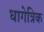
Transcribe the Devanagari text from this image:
धागेत्रिक